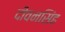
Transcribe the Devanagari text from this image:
दीवनसिंह